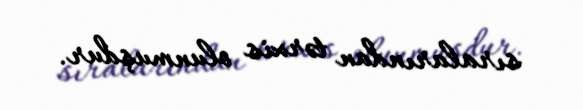
sıralarından tərxis olunmuşdur.